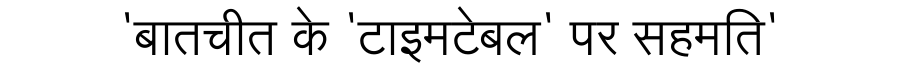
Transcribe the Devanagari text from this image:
'बातचीत के 'टाइमटेबल' पर सहमति'